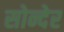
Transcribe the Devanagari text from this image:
सोन्देर